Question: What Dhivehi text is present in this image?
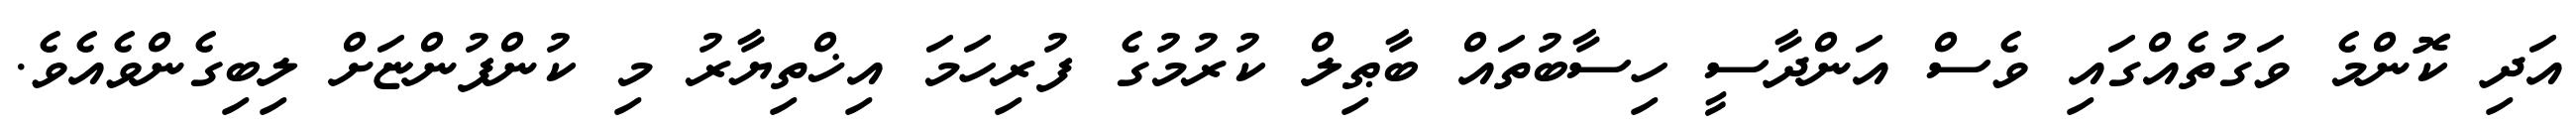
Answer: އަދި ކޮންމެ ވަގުތެއްގައި ވެސް އަންދާސީ ހިސާބުތައް ބާޠިލް ކުރުމުގެ ފުރިހަމަ އިޚްތިޔާރު މި ކުންފުންޏަށް ލިބިގެންވެއެވެ.